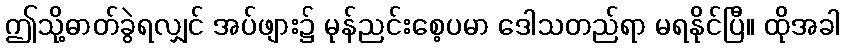
ဤသို့ဓာတ်ခွဲရလျှင် အပ်ဖျား၌ မုန်ညင်းစေ့ပမာ ဒေါသတည်ရာ မရနိုင်ပြီ။ ထိုအခါ